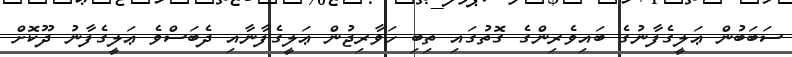
ސަބަބުން ޢަލީގެފާނުގެ ބައިވެރިންގެ ގޮތުގައި ތިބި ހަވާރިޖުން ޢަލީގެފާނާއި ދެބަސްވެ ޢަލީގެފާނު ދޫކޮށް